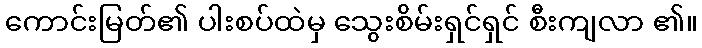
ကောင်းမြတ်၏ ပါးစပ်ထဲမှ သွေးစိမ်းရှင်ရှင် စီးကျလာ ၏။